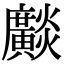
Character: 𤒼